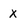
Character: x